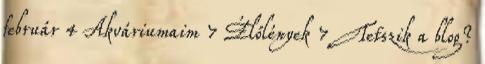
február 4 Akváriumaim 7 Élőlények 7 Tetszik a blog?